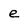
Character: e